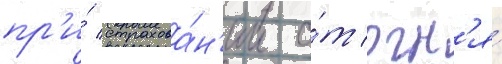
пр'и́ страхова́н'ии о́т огн'я́